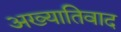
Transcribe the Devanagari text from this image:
अख्यातिवाद